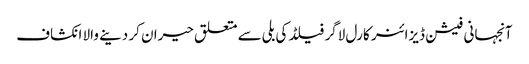
آنجہانی فیشن ڈیزائنر کارل لاگر فیلڈ کی بلی سے متعلق حیران کر دینے والا انکشاف